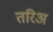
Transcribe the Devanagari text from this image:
तरिअ